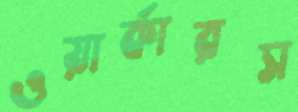
ওয়ার্কারস